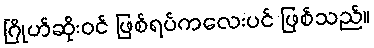
ဂြိုဟ်ဆိုးဝင် ဖြစ်ရပ်ကလေးပင် ဖြစ်သည်။